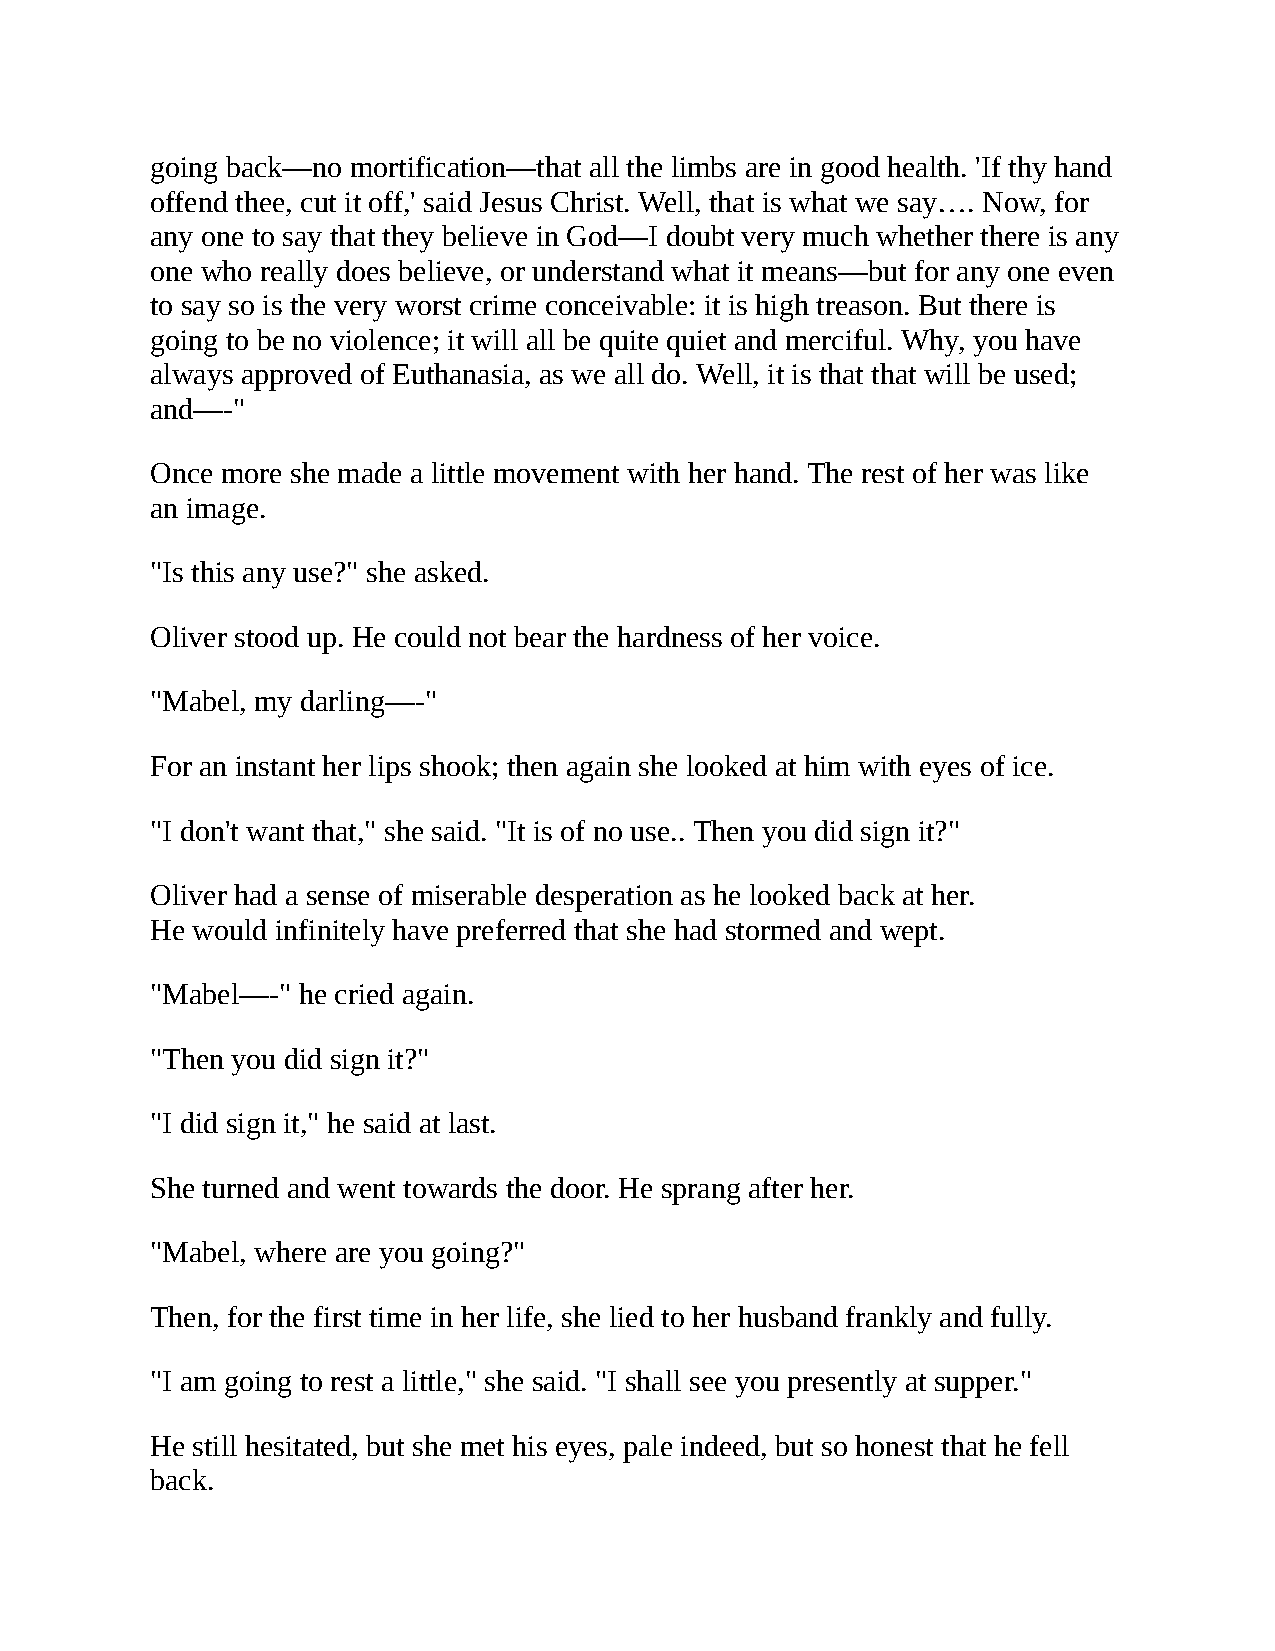
going back—no mortification—that all the limbs are in good health. 'If thy hand
 offend thee, cut it off,' said Jesus Christ. Well, that is what we say…. Now, for
 any one to say that they believe in God—I doubt very much whether there is any
 one who really does believe, or understand what it means—but for any one even
 to say so is the very worst crime conceivable: it is high treason. But there is
 going to be no violence; it will all be quite quiet and merciful. Why, you have
 always approved of Euthanasia, as we all do. Well, it is that that will be used;
 and—-"
 Once more she made a little movement with her hand. The rest of her was like
 an image.
 "Is this any use?" she asked.
 Oliver stood up. He could not bear the hardness of her voice.
 "Mabel, my darling—-"
 For an instant her lips shook; then again she looked at him with eyes of ice.
 "I don't want that," she said. "It is of no use.. Then you did sign it?"
 Oliver had a sense of miserable desperation as he looked back at her.
 He would infinitely have preferred that she had stormed and wept.
 "Mabel—-" he cried again.
 "Then you did sign it?"
 "I did sign it," he said at last.
 She turned and went towards the door. He sprang after her.
 "Mabel, where are you going?"
 Then, for the first time in her life, she lied to her husband frankly and fully.
 "I am going to rest a little," she said. "I shall see you presently at supper."
 He still hesitated, but she met his eyes, pale indeed, but so honest that he fell
 back.